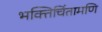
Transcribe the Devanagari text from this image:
भक्तिचिंतामणि